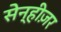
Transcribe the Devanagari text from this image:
सेन्हीज़र